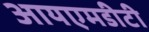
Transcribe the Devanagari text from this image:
आयएमडीटी